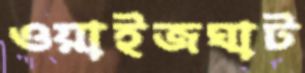
ওয়াইজঘাট